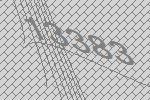
13383